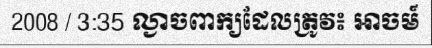
2008 / 3:35 ល្ងាចពាក្យដែលត្រូវ៖ អាចម៍